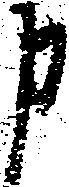
申